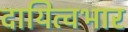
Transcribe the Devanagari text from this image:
दायित्वभार